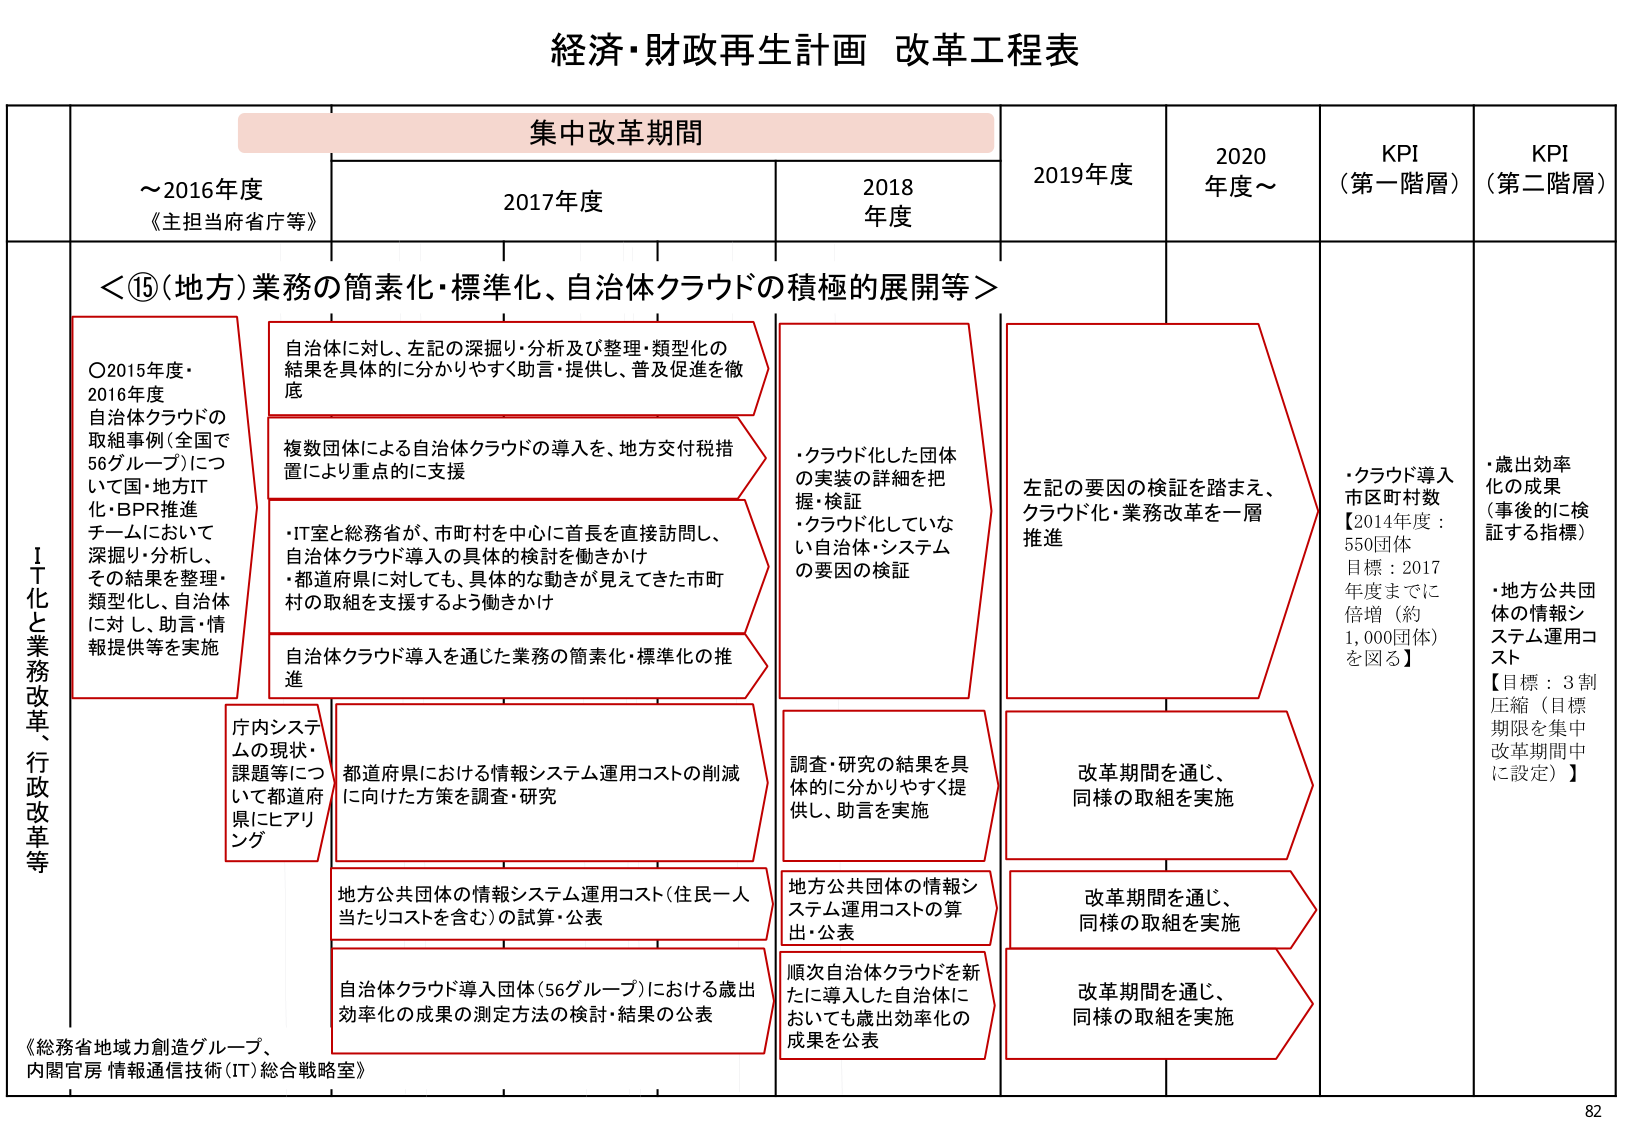
経済・財政再生計画 改革工程表

集中改革期間

～2016年度
《主担当府省庁等》

2017年度

2018年度

2019年度

2020年度～

KPI（第一階層）

KPI（第二階層）

＜⑮（地方）業務の簡素化・標準化、自治体クラウドの積極的展開等＞

ＩＴ化と業務改革、行政改革等

〇2015年度・2016年度
自治体クラウドの取組事例（全国で56グループ）について国・地方IT化・BPR推進チームにおいて深掘り・分析し、その結果を整理・類型化し、自治体に対し、助言・情報提供等を実施

自治体に対し、左記の深掘り・分析及び整理・類型化の結果を具体的に分かりやすく助言・提供し、普及促進を徹底

複数団体による自治体クラウドの導入を、地方交付税措置により重点的に支援

・IT室と総務省が、市町村を中心に首長を直接訪問し、自治体クラウド導入の具体的検討を働きかけ
・都道府県に対しても、具体的な動きが見えてきた市町村の取組を支援するよう働きかけ

自治体クラウド導入を通じた業務の簡素化・標準化の推進

・クラウド化した団体の実装の詳細を把握・検証
・クラウド化していない自治体・システムの要因の検証

左記の要因の検証を踏まえ、クラウド化・業務改革を一層推進

・クラウド導入市区町村数
【2014年度：550団体
目標：2017年度までに倍増（約1,000団体）を図る】

・歳出効率化の成果（事後的に検証する指標）
・地方公共団体の情報システム運用コスト
【目標：3割圧縮（目標期限を集中改革期間中に設定）】

庁内システムの現状・課題等について都道府県にヒアリング

都道府県における情報システム運用コストの削減に向けた方策を調査・研究

調査・研究の結果を具体的に分かりやすく提供し、助言を実施

改革期間を通じ、同様の取組を実施

地方公共団体の情報システム運用コスト（住民一人当たりコストを含む）の試算・公表

地方公共団体の情報システム運用コストの算出・公表

改革期間を通じ、同様の取組を実施

自治体クラウド導入団体（56グループ）における歳出効率化の成果の測定方法の検討・結果の公表

順次自治体クラウドを新たに導入した自治体においても歳出効率化の成果を公表

改革期間を通じ、同様の取組を実施

《総務省地域力創造グループ、内閣官房 情報通信技術（IT）総合戦略室》

82